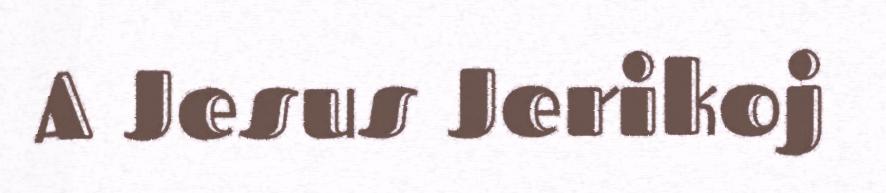
A Jesus Jerikoj